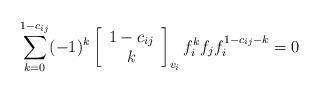
LaTeX: \begin{align*}\sum_{k=0}^{1-c_{ij}}(-1)^{k}\left[\begin{array}{c}1-c_{ij}\\k\end{array}\right]_{v_i}f_{i}^{k}f_{j}f_{i}^{1-c_{ij}-k}=0\end{align*}